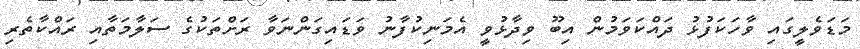
މަޑަވެލީގައި ވާހަކަފުޅު ދައްކަވަމުން އިބޫ ވިދާޅުވީ އެމަނިކުފާނު ވަޑައިގަންނަވާ ރަށްތަކުގެ ސަލާމަތާއި ރައްކާތެރި